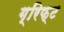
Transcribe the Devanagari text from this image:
ग्रिफ्ट